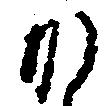
か